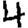
Digit: 4